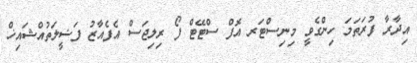
އިދާރާ ފުރަތަމަ ހިންގެވީ މިނިސްޓަރ އޮފް ސްޓޭޓް ފޯ ރިލިޖަސް އެފެއާޒު ފަޟީލަތުއްޝައިޚް